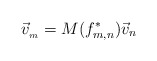
\begin{align*}\vec v_{_m} = M(f^*_{m,n}) \vec v_{n}\end{align*}